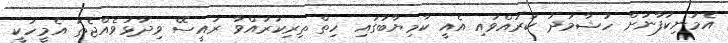
އެމަނިކުފާނަށް ހުޝާމަދު ކުރައްވައި އެއީ ކާމިޔާބުގައި ހިތް ތިރިކުރައްވާ ރައީސޭ ވިދާޅުވެއްޖެތަ އެމީހަކީ